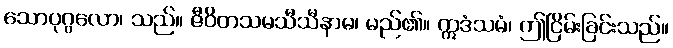
သောပုဂ္ဂလော၊ သည်။ ဇီဝိတသမသီသီနာမ၊ မည်၏။ ဣဒံသမံ၊ ဤငြိမ်းခြင်းသည်။